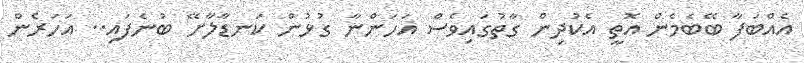
އެއްބަފާ ބޭބެމެން އޮތީ އެކުދިން ގާތުގައިވެސް އަހަންނާ ގުޅުން ކަނޑާލާށޭ ބުނެފައި.. އަހަރެން